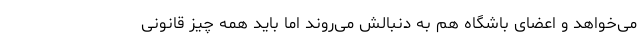
می‌خواهد و اعضای باشگاه هم به دنبالش می‌روند اما باید همه چیز قانونی